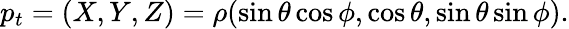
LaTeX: p_{t}=(X,Y,Z)=\rho(\sin{\theta}\cos{\phi},\cos{\theta},\sin{\theta}\sin{\phi}).